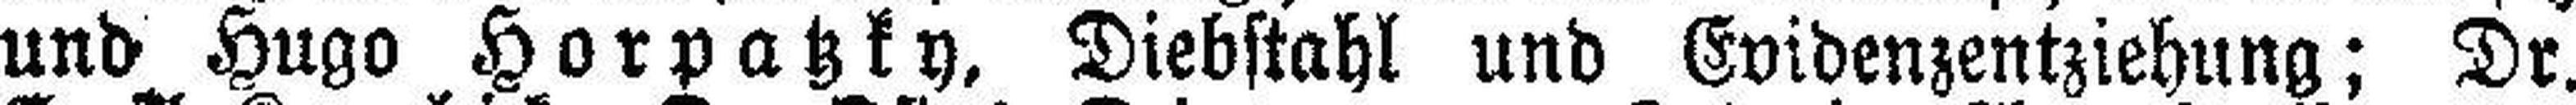
und Hugo Horpatzky, Diebstahl und Evidenzentziehung; Dr.